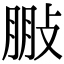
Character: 𢽩